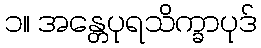
၁။ အန္တေပုရသိက္ခာပုဒ်